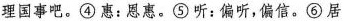
理国事吧。④惠：恩惠。⑤听：偏听，偏信。⑥居